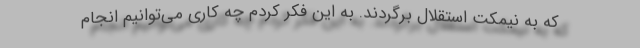
که به نیمکت استقلال برگردند. به این فکر کردم چه کاری می‌توانیم انجام